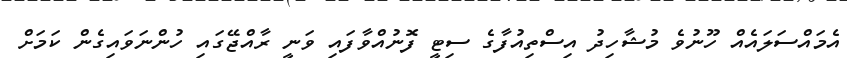
އެމައްސަލައެއް ހޫނުވެ މުޝާހިދު އިސްތިއުފާގެ ސިޓީ ފޮނުއްވާފައި ވަނީ ރާއްޖޭގައި ހުންނަވައިގެން ކަމަށް